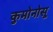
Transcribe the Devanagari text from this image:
कुमोनोसू